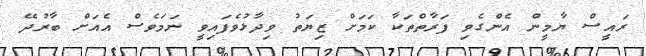
ރައީސް ޔާމީން އެންގެވި ފަރާތްތަކާ ކަމަށް ޒިޔަތު ވިދާޅުވެފައިވީ ނަމަވެސް އެއަށް ބާރުދޭ